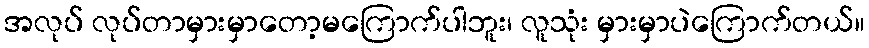
အလုပ် လုပ်တာမှားမှာတော့မကြောက်ပါဘူး၊ လူသုံး မှားမှာပဲကြောက်တယ်။